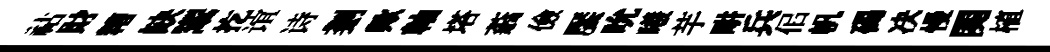
祜財糟缺鬻扢谊诗剗歟軸塔蓊儉饜吮曦芋畊兵佀帆碣决慢関植